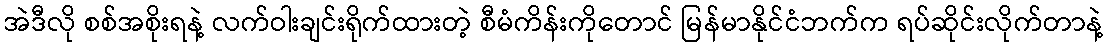
အဲဒီလို စစ်အစိုးရနဲ့ လက်ဝါးချင်းရိုက်ထားတဲ့ စီမံကိန်းကိုတောင် မြန်မာနိုင်ငံဘက်က ရပ်ဆိုင်းလိုက်တာနဲ့